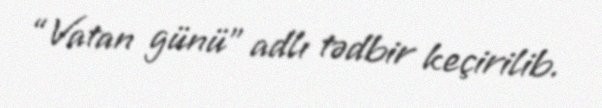
“Vatan günü” adlı tədbir keçirilib.